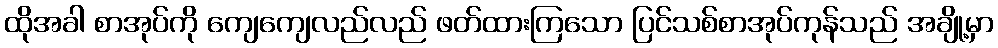
ထိုအခါ စာအုပ်ကို ကျေကျေလည်လည် ဖတ်ထားကြသော ပြင်သစ်စာအုပ်ကုန်သည် အချို့မှာ